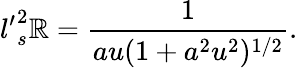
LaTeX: {l^{\prime}}_{s}^{2}\mathbb{R}=\frac{{1}}{{au(1+a^{2}u^{2})^{1/2}}}.